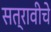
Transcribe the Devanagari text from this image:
सत्रावीचे